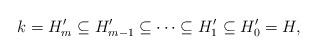
LaTeX: \begin{align*}k = H'_{m} \subseteq H'_{m-1} \subseteq \dots\subseteq H'_1 \subseteq H'_0 = H,\end{align*}